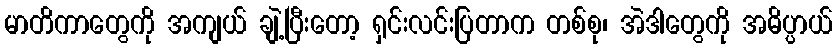
မာတိကာတွေကို အကျယ် ချဲ့ပြီးတော့ ရှင်းလင်းပြတာက တစ်စု၊ အဲဒါတွေကို အဓိပ္ပာယ်